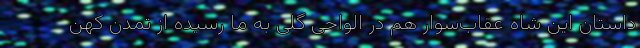
داستان این شاه عقاب‌سوار هم در الواحی گلی به‌ ما رسیده از تمدن کهن